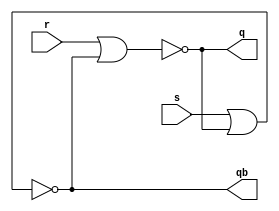
module srlatch(r,s,q,qb);
	input r,s;
	output q,qb;
	nor(q,r,qb);
	nor(qb,s,q);
endmodule